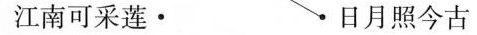
江南可采莲· ·日月照今古